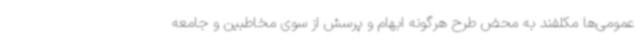
عمومی‌ها مکلفند به محض طرح هرگونه ابهام و پرسش از سوی مخاطبین و جامعه